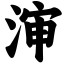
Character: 渖